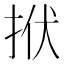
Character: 𢫯